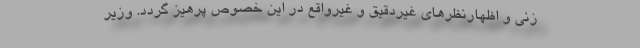
زنی و اظهارنظر‌های غیردقیق و غیرواقع در این خصوص پرهیز گردد. وزیر